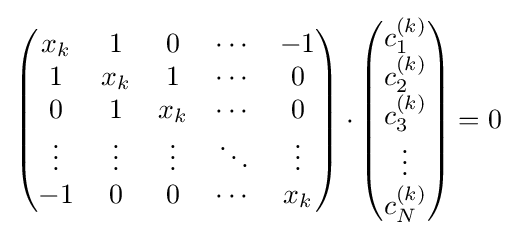
{\begin{pmatrix}x_{k}&1&0&\cdots &-1\\1&x_{k}&1&\cdots &0\\0&1&x_{k}&\cdots &0\\\vdots &\vdots &\vdots &\ddots &\vdots \\-1&0&0&\cdots &x_{k}\end{pmatrix}}\cdot {\begin{pmatrix}c_{1}^{(k)}\\c_{2}^{(k)}\\c_{3}^{(k)}\\\vdots \\c_{N}^{(k)}\\\end{pmatrix}}=0